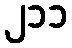
၂၁၁